Sketch of the medical history of the native army of Bombay, for the year
Year: 1870
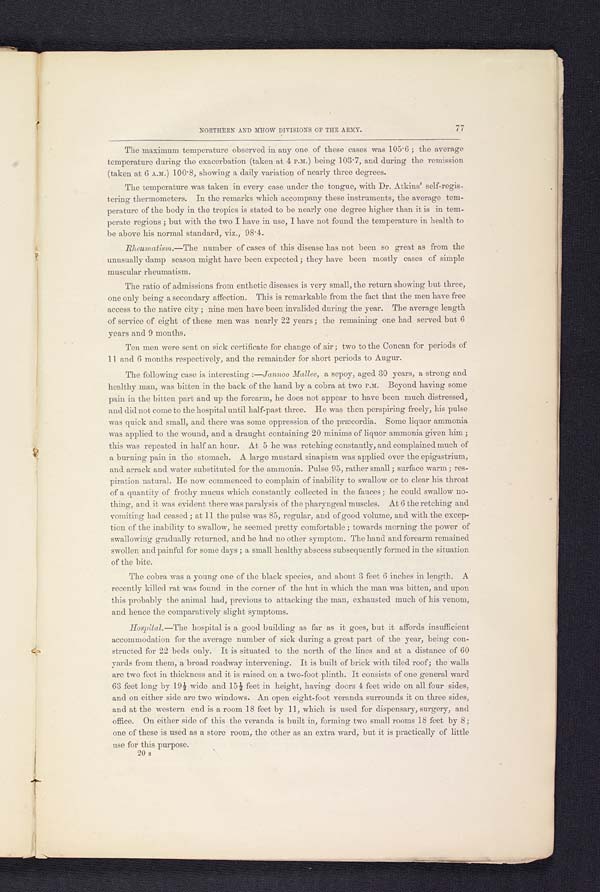
NORTHERN AND MHOW DIVISIONS OF THE ARMY.
77
The maximum temperature observed in any one of these cases was 105.6; the average
temperature during the exacerbation (taken at 4 P.M.) being 103.7, and. during the remission
(taken at 6 A.M.) 100.8, showing a daily variation of nearly three degrees.
The temperature was taken in every case under the tongue, with Dr. Atkins' self-regis
-tering thermometers. In the remarks which accompany these instruments, the average tem
-perature of the body in the tropics is stated to be nearly one degree higher than it is in tem
-perate regions; but with the two I have in use, I have not found the temperature in health to
be above his normal standard, viz., 98.4.
Rheumatism .—The number of cases of this disease has not been so great as from the
unusually damp season might have been expected; they have been mostly cases of simple
muscular rheumatism.
The ratio of admissions from enthetic diseases is very small, the return showing but three,
one only being a secondary affection. This is remarkable from the fact that the men have free
access to the native city; nine men have been invalided during the year. The average length
of service of eight of these men was nearly 22 years; the remaining one had served but 6
years and 9 months.
Ten men were sent on sick certificate for change of air; two to the Concan for periods of
11 and 6 months respectively, and the remainder for short periods to Augur.
The following case is interesting:— Jannoo Mallee, a sepoy, aged 30 years, a strong and
healthy man, was
b i t t e n i n t h e b a c k o f t h e h a n d b y a c o b r a a t t w o P . M . B e y o n d h a v i n g s o m e p a i n i n t h e b i t t e n p a r t a n d u p t h e f o r e a r m , h e d o e s n o t a p p e a r t o h a v e b e e n m u c h d i s t r e s s e d ,
and did not come to the hospital until half-past three. He was then perspiring freely, his pulse
was quick and small, and there was some oppression of the præcordia. Some liquor ammonia
was applied to the wound, and a draught containing 20 minims of liquor ammonia given him;
this was repeated in half an hour. At 5 he was retching constantly, and complained much of
a burning pain in the stomach. A large mustard sinapism was applied over the epigastrium,
and arrack and water substituted for the ammonia. Pulse 95, rather small; surface warm; res
-piration natural. He now commenced to complain of inability to swallow or to clear his throat
of a quantity of frothy mucus which constantly collected in the fauces; he could swallow no
-thing, and it was evident there was paralysis of the pharyngeal muscles. At 6 the retching and
vomiting had ceased; at 11 the pulse was 85, regular, and of good volume, and with the excep
-tion of the inability to swallow, he seemed pretty comfortable; towards morning the power of
swallowing gradually returned, and he had no other symptom. The hand and forearm remained
swollen and painful for some days; a small healthy abscess subsequently formed in the situation
of the bite.
The cobra was a young one of the black species, and about 3 feet 6 inches in length. A
recently killed rat was found in the corner of the hut in which the man was bitten, and upon
this probably the animal had, previous to attacking the man, exhausted much of his venom,
and hence the comparatively slight symptoms.
Hospital .—The hospital is a good building as far as it goes, but it affords insufficient
accommodation for the average number of sick during a great part of the year, being con
- s t r u c t e d f o r 2 2 b e d s o n l y . I t i s s i t u a t e d t o t h e n o r t h o f t h e l i n e s a n d a t a d i s t a n c e o f 6 0
yards from them, a broad roadway intervening. It is built of brick with tiled roof; the walls
are two feet in thickness and it is raised on a two-foot plinth. It consists of one general ward
63 feet long by 19½ wide and 15½ feet in height, having doors 4 feet wide on all four sides,
and on either side are two windows. An open eight-foot veranda surrounds it on three sides,
and at the western end is a room 18 feet by 11, which is used for dispensary, surgery, and
office. On either side of this the veranda is built in, forming two small rooms 18 feet by 8;
one of these is used as a store room, the other as an extra ward, but it is practically of little
u s e f o r t h i s p u r p o s e .
20 s